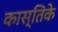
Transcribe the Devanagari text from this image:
कास्तिके